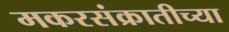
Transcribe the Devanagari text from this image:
मकरसंक्रातीच्या